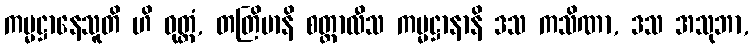
ကမ္မဋ္ဌာနေသူတိ ဟိ ဝုတ္တံ, တတြိမာနိ စတ္တာလီသ ကမ္မဋ္ဌာနာနိ ဒသ ကသိဏာ, ဒသ အသုဘာ,